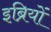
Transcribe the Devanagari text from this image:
इब्रियों